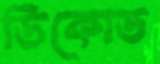
ডিকোড